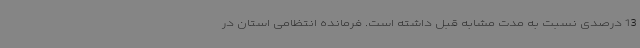
13 درصدی نسبت به مدت مشابه قبل داشته است. فرمانده انتظامی استان در